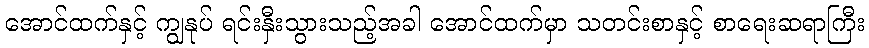
အောင်ထက်နှင့် ကျွနုပ် ရင်းနှီးသွားသည့်အခါ အောင်ထက်မှာ သတင်းစာနှင့် စာရေးဆရာကြီး